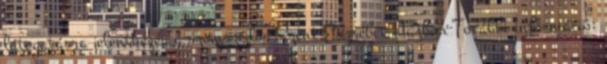
látogatásra jelentkezés a szomszédos Szent Erzsébet Házban További információ: